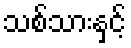
သစ်သားနှင့်